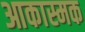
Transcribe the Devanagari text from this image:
आकास्मक